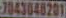
7043048201